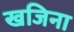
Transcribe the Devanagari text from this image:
खजिना